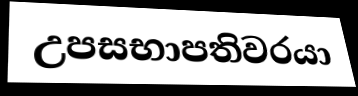
උපසභාපතිවරයා